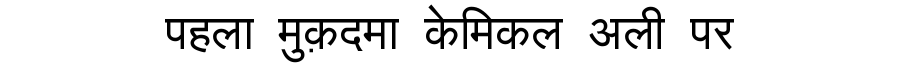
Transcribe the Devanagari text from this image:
पहला मुक़दमा केमिकल अली पर